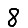
Digit: 8